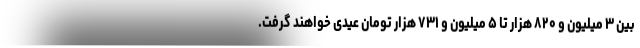
بین ۳ میلیون و ۸۲۰ هزار تا ۵ میلیون و ۷۳۱ هزار تومان عیدی خواهند گرفت.